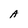
Character: A